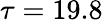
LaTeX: \tau=19.8